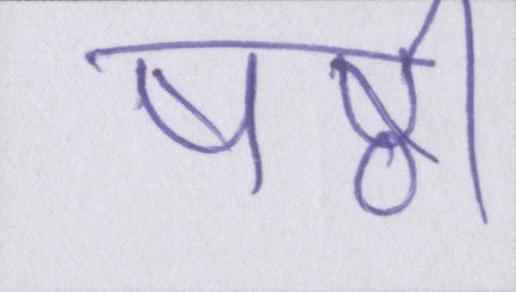
षष्ठी